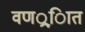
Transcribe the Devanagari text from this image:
वणर््िात